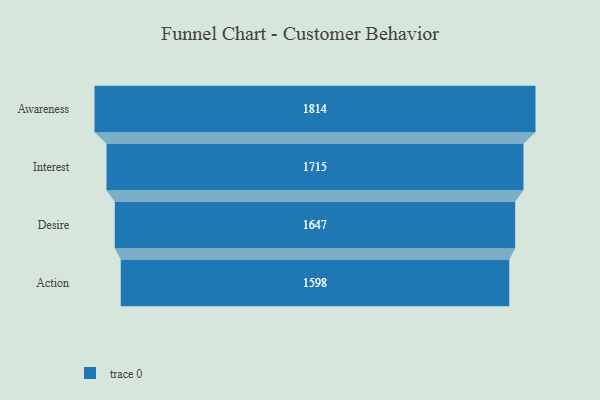
{"axis": {"x": "Stage", "y": "Value"}, "legend": [""], "data": [{"x": "Awareness", "y": 1814.0, "type": ""}, {"x": "Interest", "y": 1715.0, "type": ""}, {"x": "Desire", "y": 1647.0, "type": ""}, {"x": "Action", "y": 1598.0, "type": ""}]}